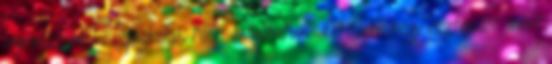
legrosszabb középiskolák Nem vállalhatunk fel újabb négy esztendőt, mert